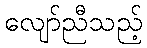
လျော်ညီသည့်